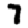
Digit: 7